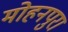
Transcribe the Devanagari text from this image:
मोहनपुरा